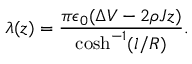
\lambda ( z ) = \frac { \pi \epsilon _ { 0 } ( \Delta V - 2 \rho J z ) } { \cosh ^ { - 1 } ( l / R ) } .